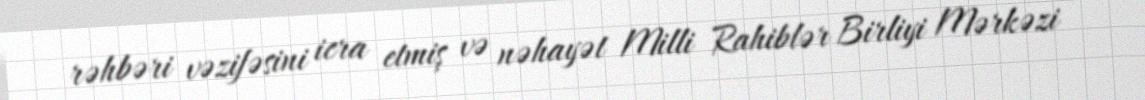
rəhbəri vəzifəsini icra etmiş və nəhayət Milli Rahiblər Birliyi Mərkəzi